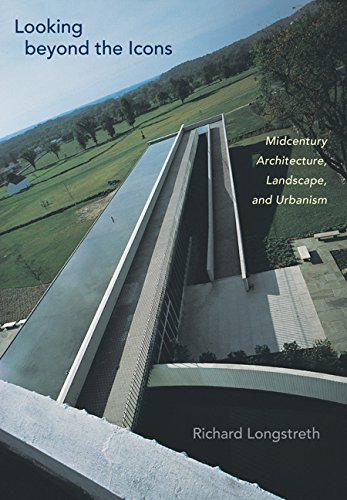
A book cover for Looking beyond the Icons: Midcentury Architecture, Landscape, and Urbanism; Richard Longstreth; Arts & Photography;